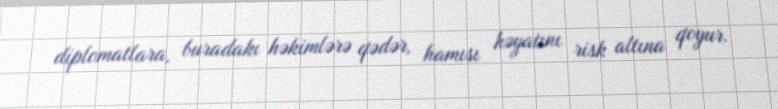
diplomatlara, buradakı həkimlərə qədər, hamısı həyatını risk altına qoyur.